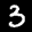
Label: 3